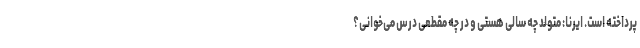
پرداخته است. ایرنا: متولد چه سالی هستی و در چه مقطعی درس می‌خوانی؟